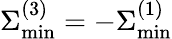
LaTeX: \Sigma_{\mathrm{min}}^{(3)}=-\Sigma_{\mathrm{min}}^{(1)}